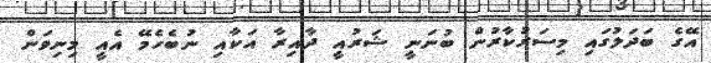
އޭގެ ބަދަލުގައި މިސަރުކާރުން ބުނަނީ ޝަރުއީ ދާއިރާ އަކާއި ނުބެހެމޭ އެއީ މިނިވަން